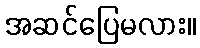
အဆင်ပြေမလား။